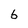
Character: b